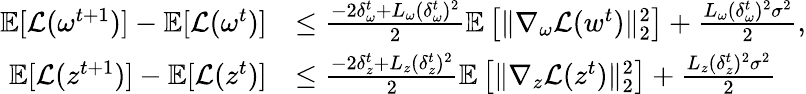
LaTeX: \begin{array}{rl}{\mathbb{E}[\mathcal{L}(\omega^{t+1})]-\mathbb{E}[\mathcal{L}(\omega^{t})]}&{\leq\frac{-2\delta_{\omega}^{t}+L_{\omega}(\delta_{\omega}^{t})^{2}}{2}\mathbb{E}\left[\| \nabla_{\omega}\mathcal{L}(w^{t})\| _{2}^{2}\right]+\frac{L_{\omega}(\delta_{\omega}^{t})^{2}\sigma^{2}}{2},}\\ {\mathbb{E}[\mathcal{L}(z^{t+1})]-\mathbb{E}[\mathcal{L}(z^{t})]}&{\leq\frac{-2\delta_{z}^{t}+L_{z}(\delta_{z}^{t})^{2}}{2}\mathbb{E}\left[\| \nabla_{z}\mathcal{L}(z^{t})\| _{2}^{2}\right]+\frac{L_{z}(\delta_{z}^{t})^{2}\sigma^{2}}{2}}\end{array}